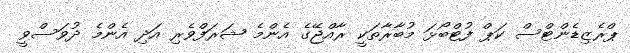
ޕްރެޒިޑެންޓްސް ކަޕް ފުޓްބޯޅަ މުބާރާތަކީ ރާއްޖޭގެ އެންމެ ޝަރަފްވެރި އަދި އެންމެ ދުވަސްވީ